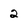
Character: 2